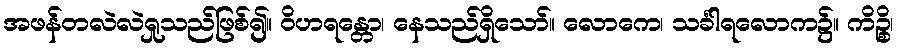
အဖန်တလဲလဲရှုသည်ဖြစ်၍။ ဝိဟရန္တော၊ နေသည်ရှိသော်။ လောကေ၊ သင်္ခါရလောက၌။ ကိဉ္စိ၊